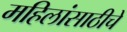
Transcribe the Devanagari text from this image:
महिलांसाठीचे